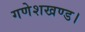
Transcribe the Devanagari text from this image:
गणेशखण्ड।